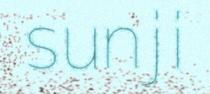
sunji